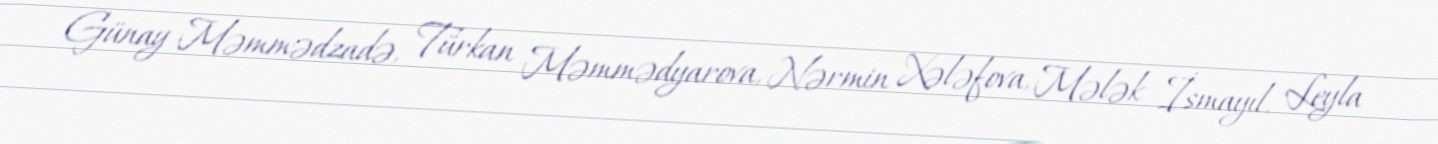
Günay Məmmədzadə, Türkan Məmmədyarova, Nərmin Xələfova, Mələk İsmayıl, Leyla